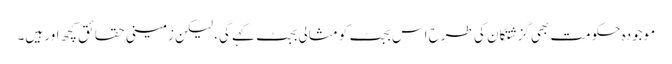
موجودہ حکومت بھی گزشتگان کی طرح اس بجٹ کو مثالی بجٹ کہے گی، لیکن زمینی حقائق کچھ اور ہیں۔